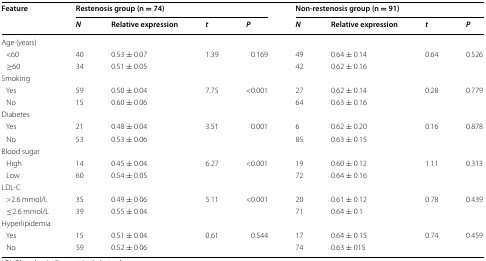
<table><thead><tr><td rowspan="2"><b>Feature</b></td><td colspan="4"><b>Restenosis group (n = 74)</b></td><td colspan="4"><b>Non-restenosis group (n = 91)</b></td></tr><tr><td><b><i>N</i></b></td><td><b>Relative expression</b></td><td><b><i>t</i></b></td><td><b><i>P</i></b></td><td><b><i>N</i></b></td><td><b>Relative expression</b></td><td><b><i>t</i></b></td><td><b><i>P</i></b></td></tr></thead><tbody><tr><td colspan="9">Age (years)</td></tr><tr><td> &lt;60</td><td>40</td><td>0.53 ± 0.07</td><td rowspan="2">1.39</td><td rowspan="2">0.169</td><td>49</td><td>0.64 ± 0.14</td><td rowspan="2">0.64</td><td rowspan="2">0.526</td></tr><tr><td> ≥60</td><td>34</td><td>0.51 ± 0.05</td><td>42</td><td>0.62 ± 0.16</td></tr><tr><td colspan="9">Smoking</td></tr><tr><td> Yes</td><td>59</td><td>0.50 ± 0.04</td><td rowspan="2">7.75</td><td rowspan="2">&lt;0.001</td><td>27</td><td>0.62 ± 0.14</td><td rowspan="2">0.28</td><td rowspan="2">0.779</td></tr><tr><td> No</td><td>15</td><td>0.60 ± 0.06</td><td>64</td><td>0.63 ± 0.16</td></tr><tr><td colspan="9">Diabetes</td></tr><tr><td> Yes</td><td>21</td><td>0.48 ± 0.04</td><td rowspan="2">3.51</td><td rowspan="2">0.001</td><td>6</td><td>0.62 ± 0.20</td><td rowspan="2">0.16</td><td rowspan="2">0.878</td></tr><tr><td> No</td><td>53</td><td>0.53 ± 0.06</td><td>85</td><td>0.63 ± 0.15</td></tr><tr><td colspan="9">Blood sugar</td></tr><tr><td> High</td><td>14</td><td>0.45 ± 0.04</td><td rowspan="2">6.27</td><td rowspan="2">&lt;0.001</td><td>19</td><td>0.60 ± 0.12</td><td rowspan="2">1.11</td><td rowspan="2">0.313</td></tr><tr><td> Low</td><td>60</td><td>0.54 ± 0.05</td><td>72</td><td>0.64 ± 0.16</td></tr><tr><td colspan="9">LDL-C</td></tr><tr><td> &gt;2.6 mmol/L</td><td>35</td><td>0.49 ± 0.06</td><td rowspan="2">5.11</td><td rowspan="2">&lt;0.001</td><td>20</td><td>0.61 ± 0.12</td><td rowspan="2">0.78</td><td rowspan="2">0.439</td></tr><tr><td> ≤2.6 mmol/L</td><td>39</td><td>0.55 ± 0.04</td><td>71</td><td>0.64 ± 0.1</td></tr><tr><td colspan="9">Hyperlipidemia</td></tr><tr><td> Yes</td><td>15</td><td>0.51 ± 0.04</td><td rowspan="2">0.61</td><td rowspan="2">0.544</td><td>17</td><td>0.64 ± 0.15</td><td rowspan="2">0.74</td><td rowspan="2">0.459</td></tr><tr><td> No</td><td>59</td><td>0.52 ± 0.06</td><td>74</td><td>0.63 ± 015</td></tr></tbody></table>